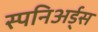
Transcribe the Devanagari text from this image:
स्पनिअर्ड्स